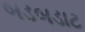
બડબડાટ